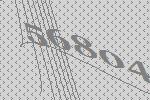
56804